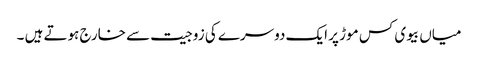
میاں بیوی کس موڑ پر ایک دوسرے کی زوجیت سے خارج ہوتے ہیں ۔